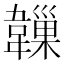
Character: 𩏙